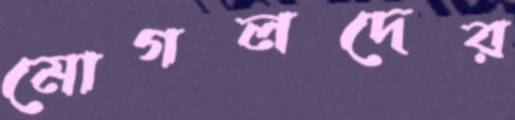
মোগলদের